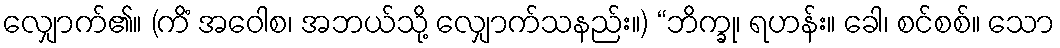
လျှောက်၏။ (ကိံ အဝေါစ၊ အဘယ်သို့ လျှောက်သနည်း။) “ဘိက္ခု၊ ရဟန်း။ ခေါ၊ စင်စစ်။ သော